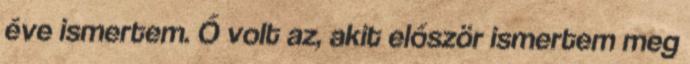
éve ismertem. Ő volt az, akit először ismertem meg